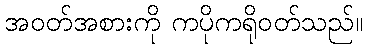
အဝတ်အစားကို ကပိုကရိုဝတ်သည်။